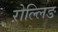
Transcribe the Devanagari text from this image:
ऱोल्लिङ